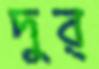
দুর্‌